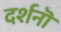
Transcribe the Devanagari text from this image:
दर्शनॊं